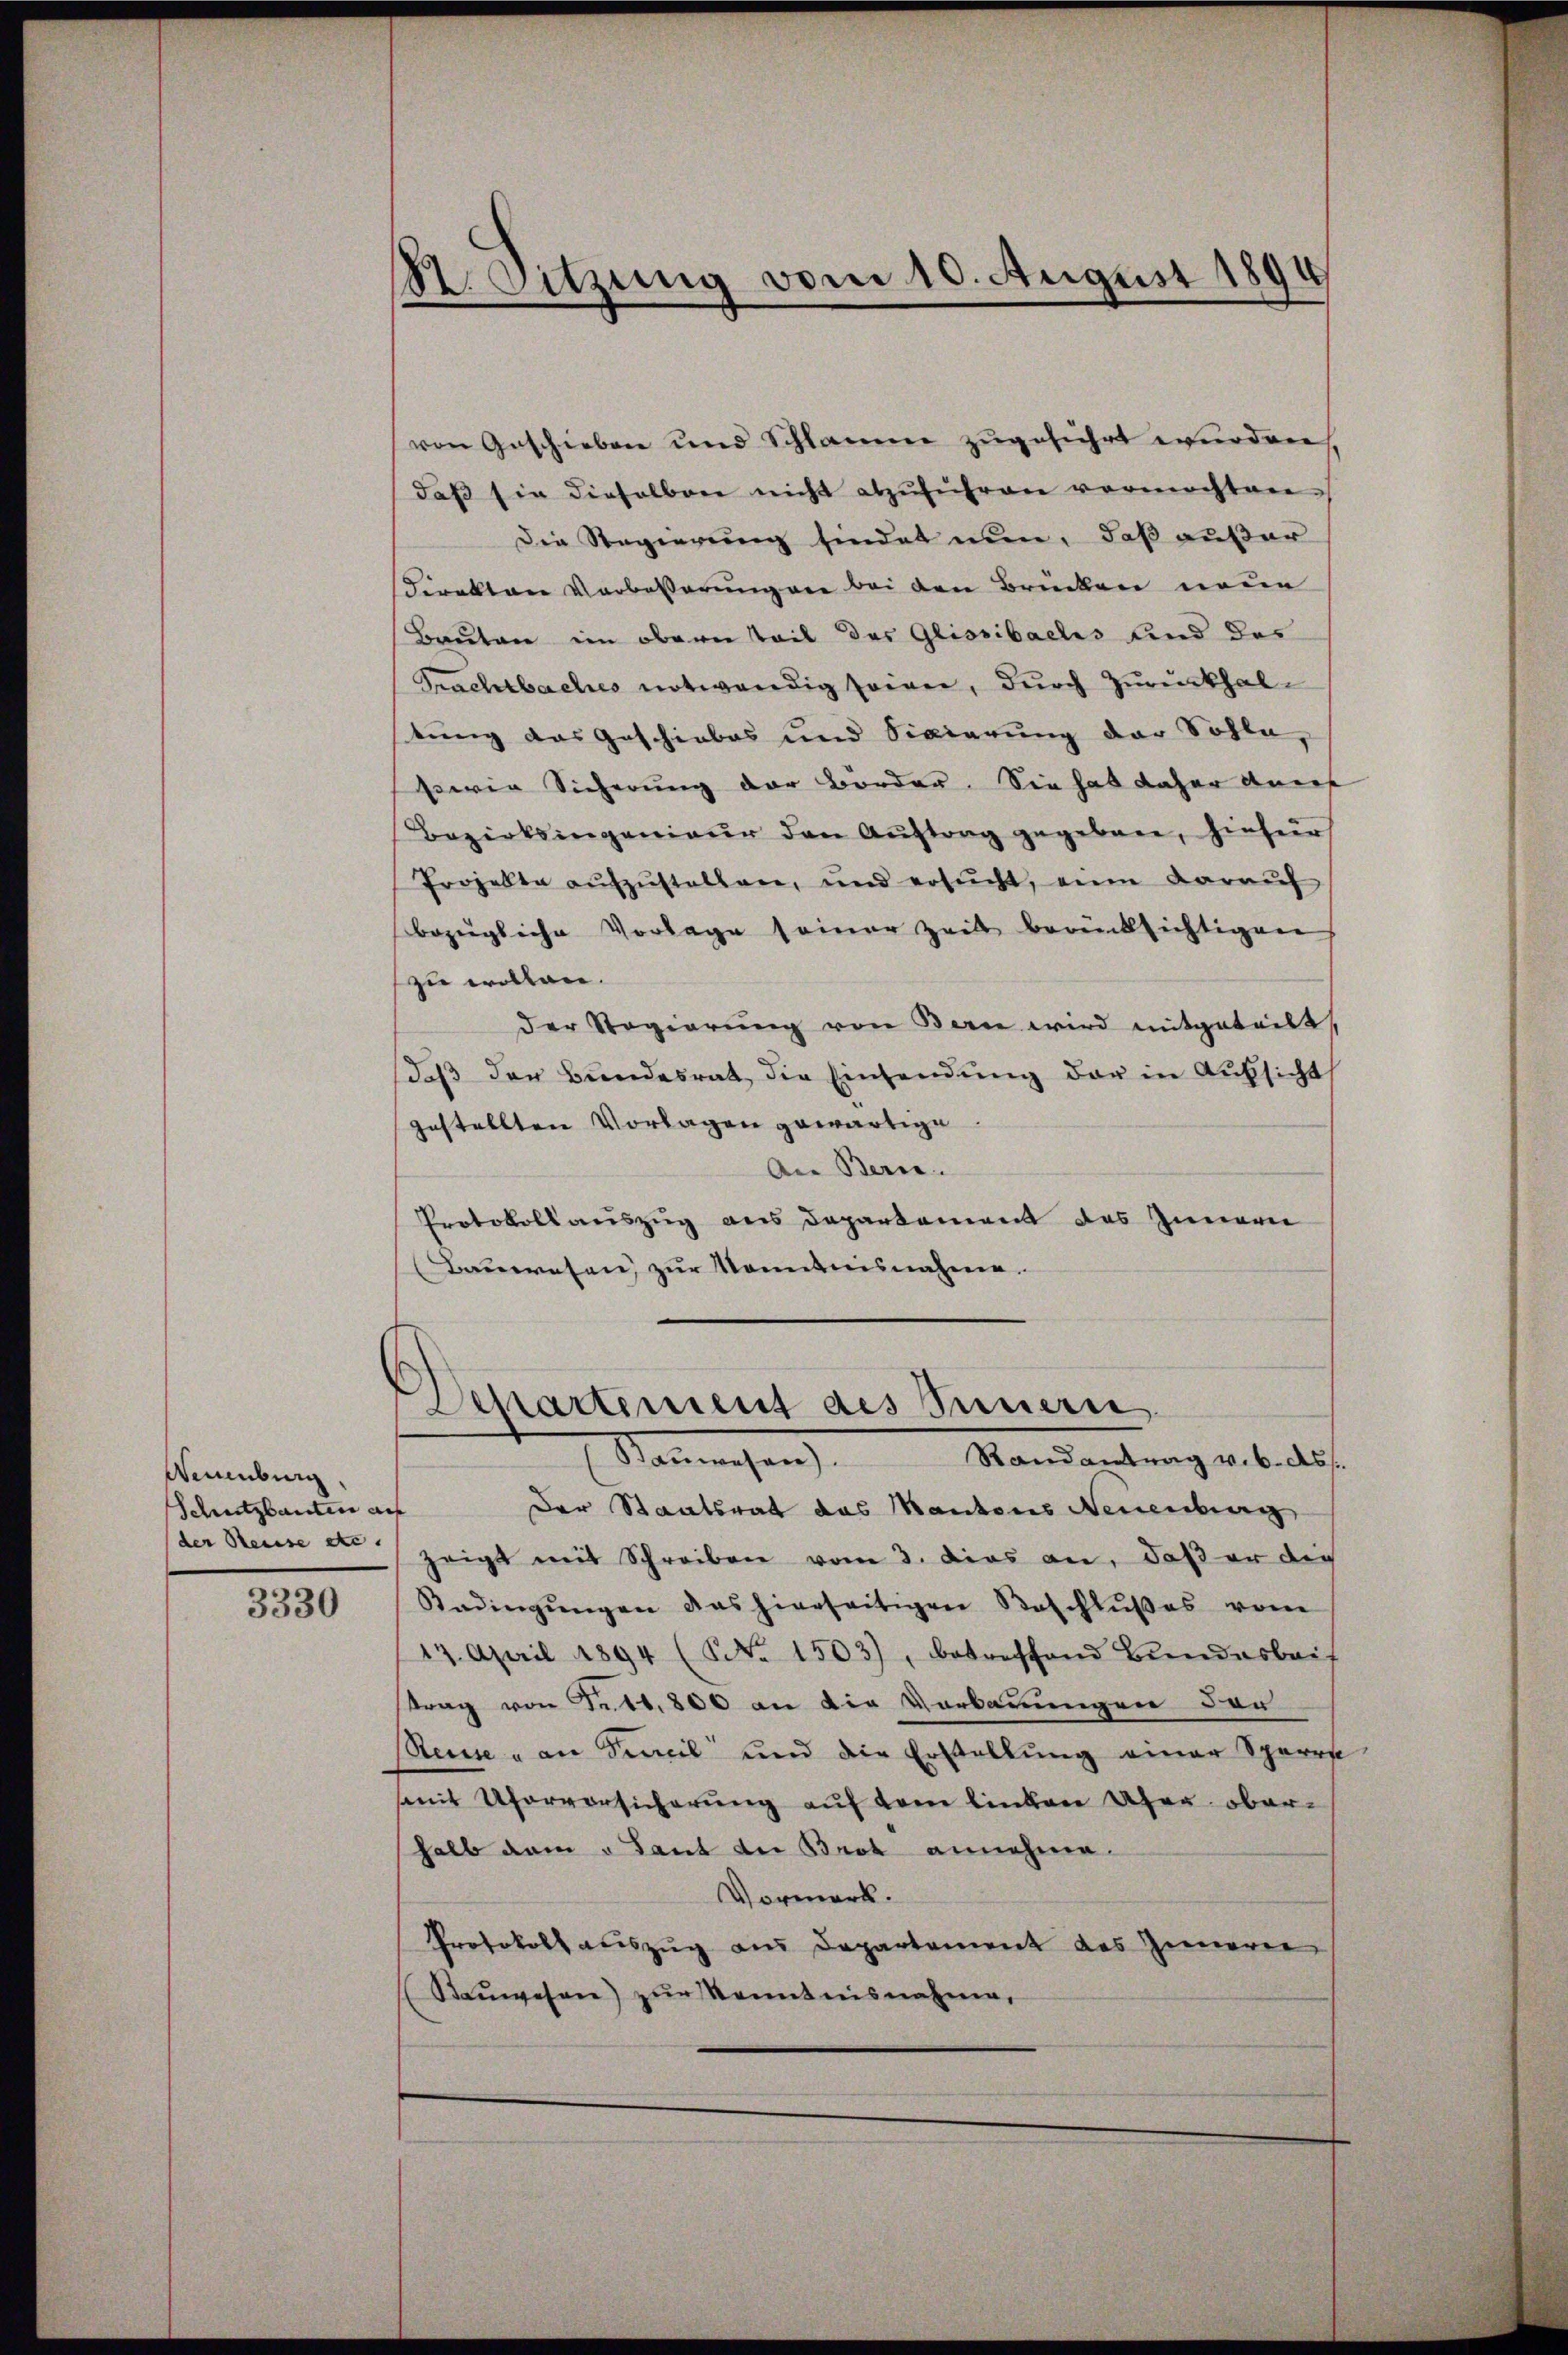
Neuenburg
Schutzbauten auf
(der Steuse etc.

3330

St. Sitzung vom 10. August 1894

von Geschieben und Schlamme zugeführt wurden
daβ sie dieselben nicht abzŭführen vermochten.
Die Regierung findet nun, daß außer
Direkton Verbesserung von bei den Brücken neue
Bauten im obern Teil des Glissibachs und des
Frachtbaches notwendig seiner, durch Zurückhaltung das Geschiebes und Sigierung der Sohle,
sowie Sicherung der Border. Sie hat daher auch
Bezirksingenieur den Aŭftrag gegeben, hiefür
Projekte aŭfzŭstellen, und ersŭcht, eine daraŭf
bezügliche Vorlage seiner Zeit berüksichtigen
zu wollen.
der Regierŭng von Bern wird mitgeteilt,
daβ der Bŭndesrat die Einsendŭng der in Aufsicht
gestellten Vorlagen gewärtige
An Berne
Protokollauszug aus Departement des Innern
Bauwesen, zur Kenntnisnahme.

Departement des Feuern
Namenschen
Randantrag v. 6. ds.

e
Der Staatsrat das Kantons Neuenburg
zeigt mit Schreiben vom 3. dies an, daß er die
Kadingŭngen das hierseitigen Beschlŭβes vom
17. April 1894 (NNo. 1503), betreffend Bindesbeit
ttrag von Fr. 11. 800 an die Verbauungen der
Reise u an Seil und die Erstellung einer Sperre
mmit Uferversicherŭng auf dem linken Ufer oberhalb den u Sant der Brot annehme.
Vormerk.
Protokoll auszug aus Departement des Inneren
Steŭwesen) zur Kenntnisnahme,